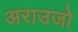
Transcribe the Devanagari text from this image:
अराउजो